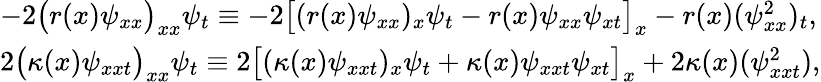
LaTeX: \begin{array}{r}{\left.\begin{array}{ll}{-2\big(r(x)\psi_{xx}\big)_{xx}\psi_{t}\equiv-2\big[(r(x)\psi_{xx})_{x}\psi_{t}-r(x)\psi_{xx}\psi_{xt}\big]_{x}-r(x)(\psi_{xx}^{2})_{t},}\\ {2\big(\kappa(x)\psi_{xxt}\big)_{xx}\psi_{t}\equiv 2\big[(\kappa(x)\psi_{xxt})_{x}\psi_{t}+\kappa(x)\psi_{xxt}\psi_{xt}\big]_{x}+2\kappa(x)(\psi_{xxt}^{2}),}\end{array}\right.}\end{array}